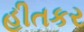
હીતકર